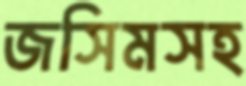
জসিমসহ